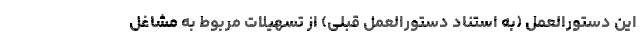
این دستورالعمل (به استناد دستورالعمل قبلی) از تسهیلات مربوط به مشاغل